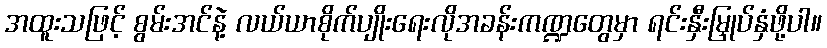
အထူးသဖြင့် စွမ်းအင်နဲ့ လယ်ယာစိုက်ပျိုးရေးလိုအခန်းကဏ္ဍတွေမှာ ရင်းနှီးမြှုပ်နှံဖို့ပါ။